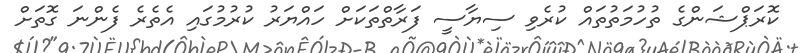
ކޮރަޕްޝަންގެ ތުހުމަތުތައް ކުރެވި ސިޔާސީ ފަރާތްތަކަށް ހައްޔަރު ކުރުމުގައި އެތެރެ ފެންނަ ގޮތަށް